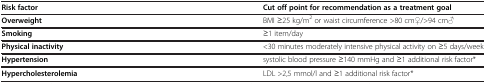
<table><thead><tr><td><b>Risk factor</b></td><td><b>Cut off point for recommendation as a treatment goal</b></td></tr></thead><tbody><tr><td><b>Overweight</b></td><td>BMI ≥25 kg/m<sup>2</sup> or waist circumference &gt;80 cm♀/&gt;94 cm♂</td></tr><tr><td><b>Smoking</b></td><td>≥1 item/day</td></tr><tr><td><b>Physical inactivity</b></td><td>&lt;30 minutes moderately intensive physical activity on ≥5 days/week</td></tr><tr><td><b>Hypertension</b></td><td>systolic blood pressure ≥140 mmHg and ≥1 additional risk factor*</td></tr><tr><td><b>Hypercholesterolemia</b></td><td>LDL &gt;2,5 mmol/l and ≥1 additional risk factor*</td></tr></tbody></table>